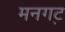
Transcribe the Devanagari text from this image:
मनगट़